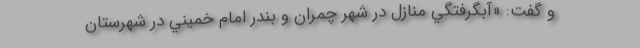
و گفت: «آبگرفتگي منازل در شهر چمران و بندر امام خميني در شهرستان